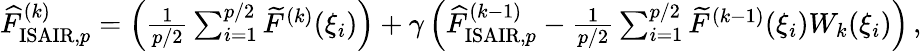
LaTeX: \begin{array}{r}{\widehat{F}_{\mathrm{ISAIR},p}^{(k)}=\left(\frac{1}{p/2}\sum_{i=1}^{p/2}\widetilde{F}^{(k)}(\xi_{i})\right)+\gamma\left(\widehat{F}_{\mathrm{ISAIR},p}^{(k-1)}-\frac{1}{p/2}\sum_{i=1}^{p/2}\widetilde{F}^{(k-1)}(\xi_{i})W_{k}(\xi_{i})\right)\, ,}\end{array}